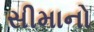
સીમાનો